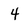
Character: 4